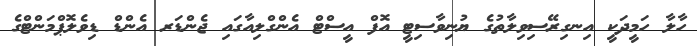
ހާލާ ހަމީދަކީ އިނގިރޭސިވިލާތުގެ ޔުނިވާސިޓީ އޮފް އީސްޓް އެންގްލިއާގައި ޖެންޑަރ އެންޑް ޑިވެލޮޕްމަންޓްގެ